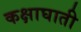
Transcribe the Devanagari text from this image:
कक्षाघाती